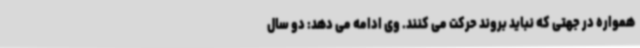
همواره در جهتی که نباید بروند حرکت می کنند. وی ادامه می دهد: دو سال